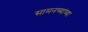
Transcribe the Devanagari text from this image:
सामनच्यांच्या